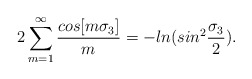
\begin{align*}2\sum_{m=1}^\infty{cos[m\sigma_3]\over m}=-ln(sin^2{\sigma_3\over2}).\end{align*}